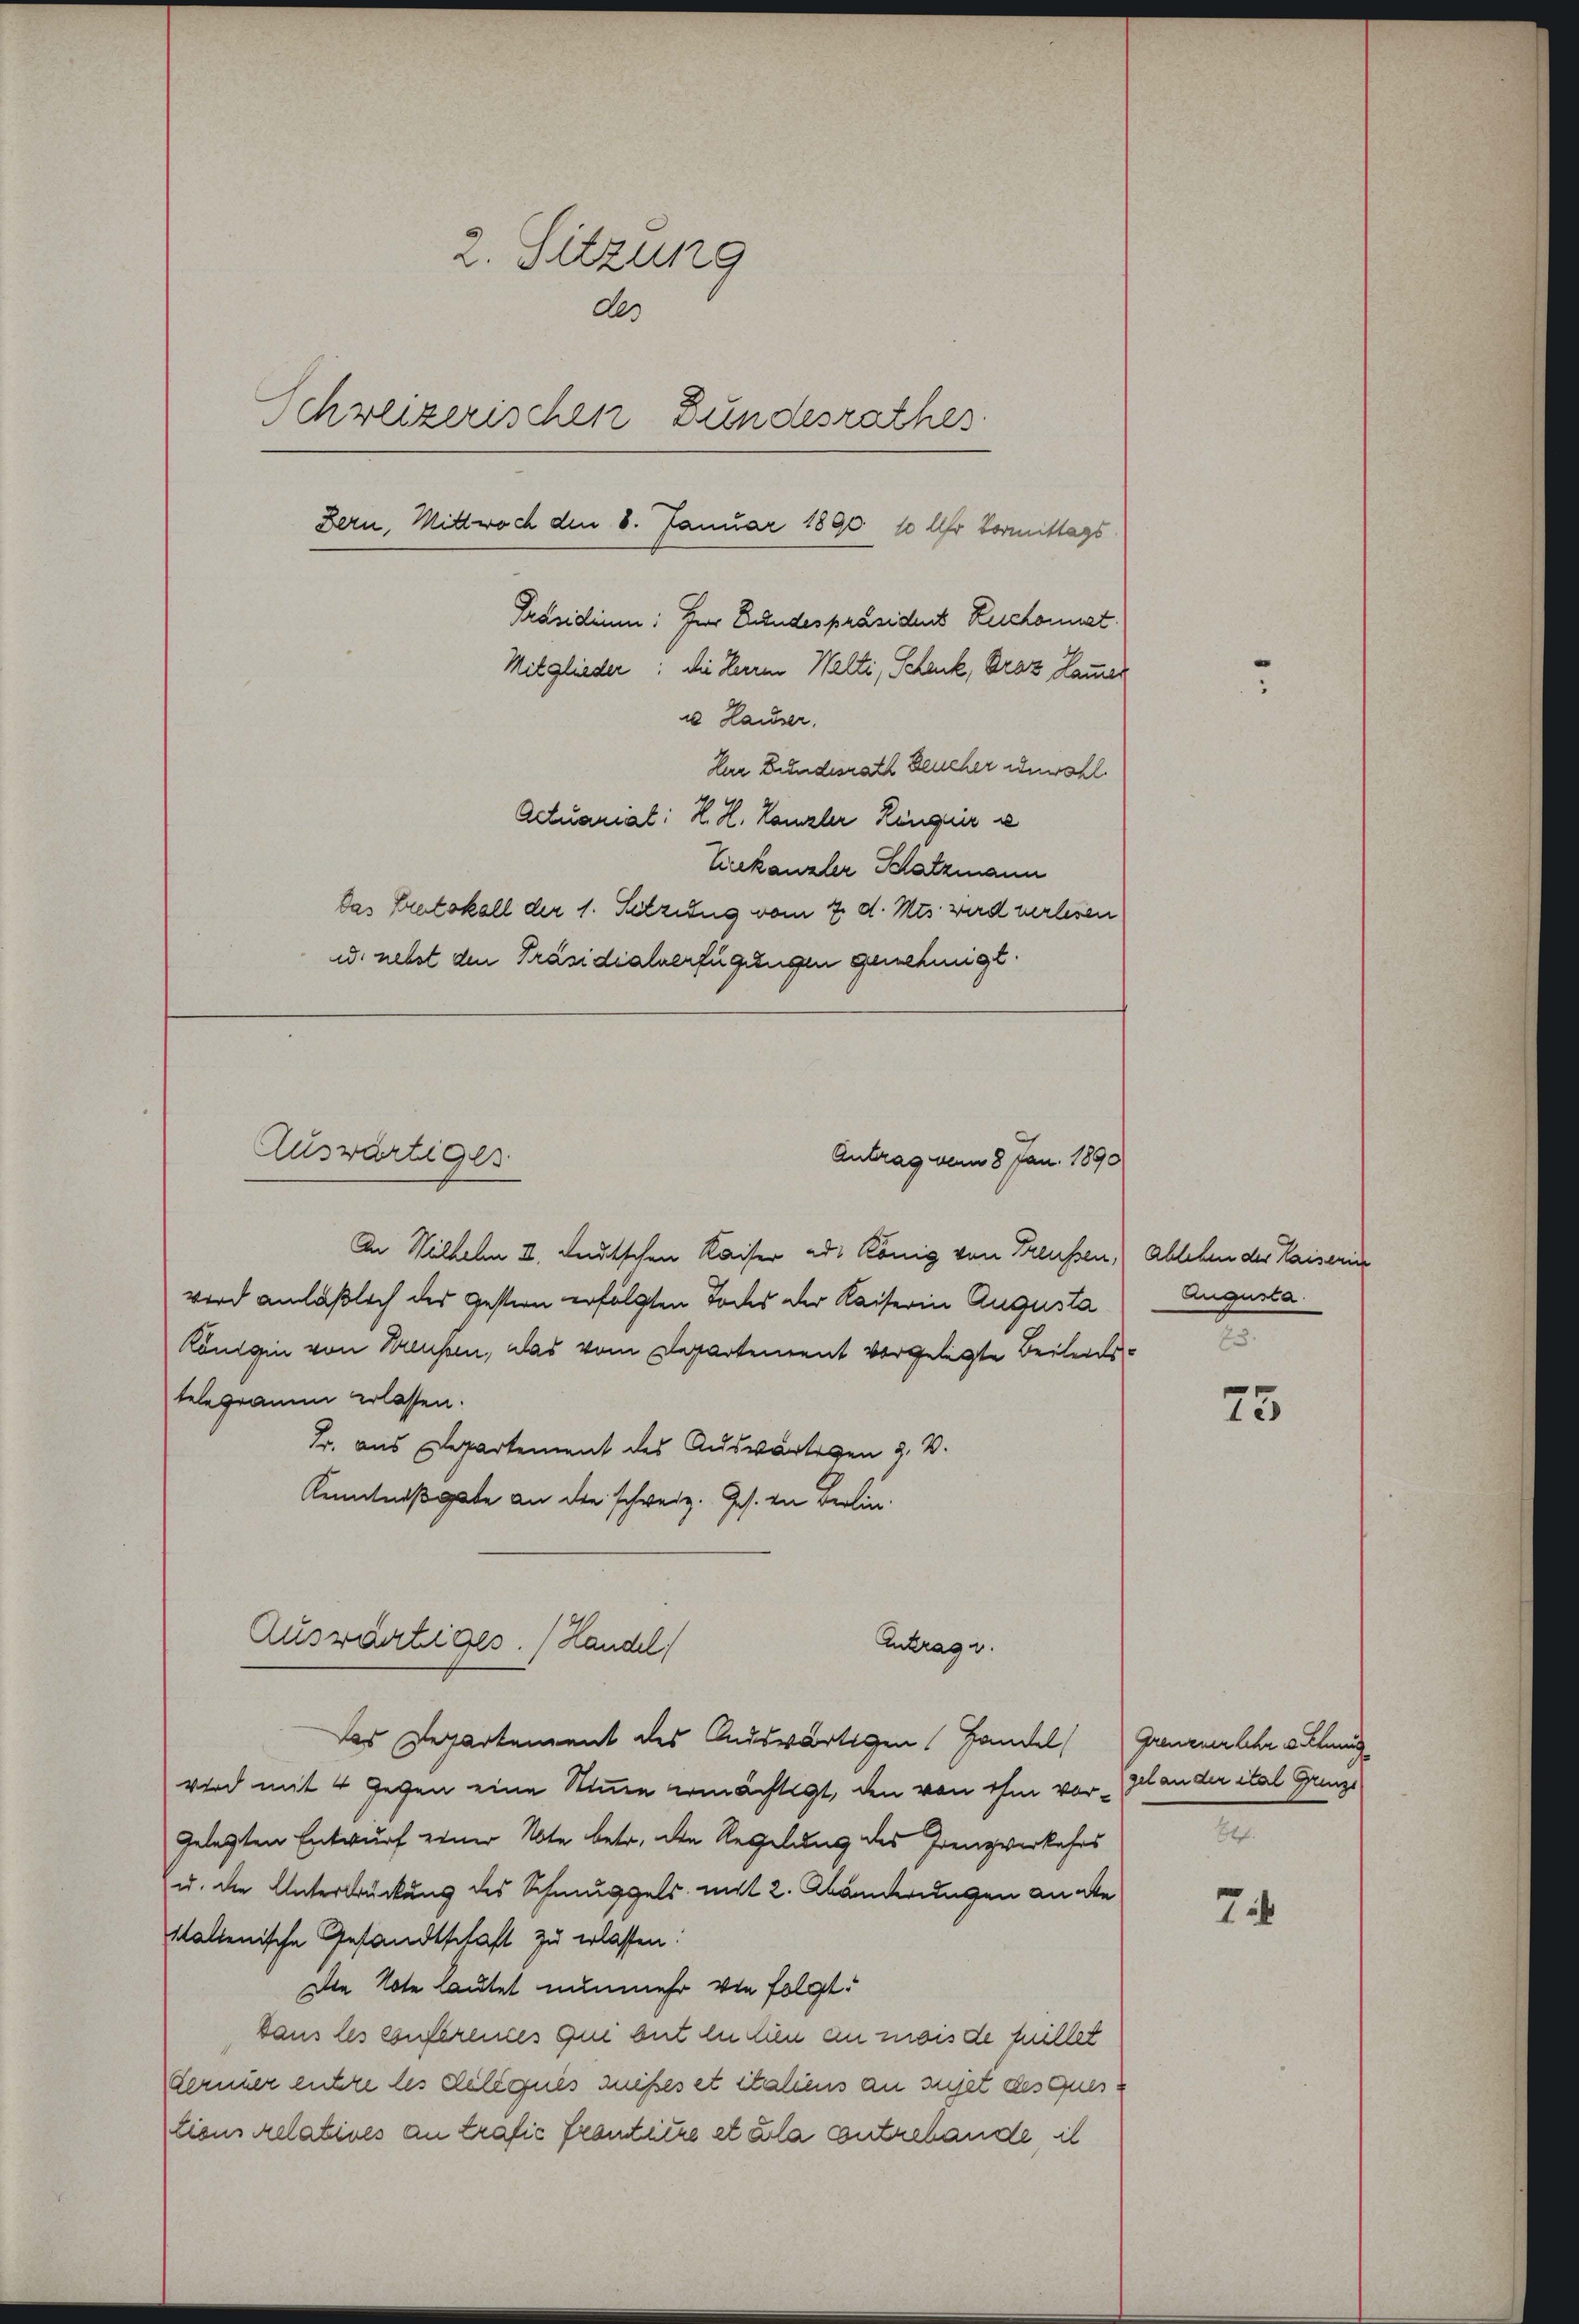
2. Sitzung
des
Schweizerischen Bundesrathes.
Zern, Mittwoch den 8. Januar 1890, 10 Uhr Vormittags
Präsidium: Herr Bundespräsident Beschonnst.
Mitglieder: die Herren Walti, Schenk, Graz Laurer
us Hauser,
Der Bundesrath Leucher unwohl.
Actuariat: H. H. Kanzler Rinquir es

An Wilhelm II. Deutschen Kaiser ad. König von Treussen,
wird anläßlich des Gestern erfolgten Todes der Kaiserin Augusta
Königin von Kreussen, das vom Departement vorgelegte Beilendstelegramm erlassen.
Fr. aus Departement des Auswärtigen J. V.
Kenntnißgabe an die schweiz. Ges. in Berlin¬
Auswärtiges. (Handel
Antrag u.
das Departement des Auswärtigen Handel
wird mit 4 gegen eine Stimme ermächtigt, den von ihm vor gelander ital Grenze
gelegten Entwurf einer Note betr. den Regelung des Grenzverkehrs
u. die Unterbrückung des Schmuggels mit 2. Abänderungen an de
stallenische Gesandtschaft zu erlassen.
Die Note lautet nunmehr von folgt.
bans les confereines Qui beit in dien an meiste heillet
dernier entre des Deliquis dißes et italiens an sujet des ques
tions relatives an trafie franteine et la contrebande, il

Einkanzler Schatzmann
das Protokoll der 1. Setzung vom 7. d. Mts. wird verlesen
u. nebst den Präsidialverfügungen genehmigt.

Auswärtiger
Antrag vom 8 Jan. 1890

Ablehen des Kaiserin
Augusta
25.

75

Grenzverlehr u. Chung
84.

7